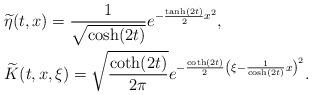
LaTeX: \begin{align*}&\widetilde{\eta}(t,x) = \frac{1}{\sqrt{\cosh(2t)}} e^{-\frac{\tanh(2t)}{2}x^2}, \\&\widetilde{K}(t, x, \xi) = \sqrt{\frac{\coth(2t)}{2\pi}} e^{-\frac{\coth(2t)}{2} \left(\xi- \frac{1}{\cosh(2t)} x\right)^2}.\end{align*}